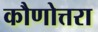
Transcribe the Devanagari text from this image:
कौणोत्तरा